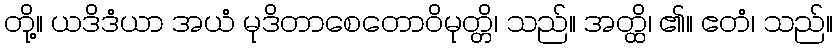
တို့။ ယဒိဒံယာ အယံ မုဒိတာစေတောဝိမုတ္တိ၊ သည်။ အတ္ထိ၊ ၏။ ဧတံ၊ သည်။